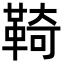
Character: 䩭